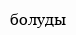
болуды